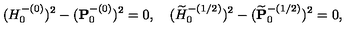
( H _ { 0 } ^ { - ( 0 ) } ) ^ { 2 } - ( { \bf P } _ { 0 } ^ { - ( 0 ) } ) ^ { 2 } = 0 , \quad ( \widetilde { H } _ { 0 } ^ { - ( 1 / 2 ) } ) ^ { 2 } - ( \widetilde { \bf P } _ { 0 } ^ { - ( 1 / 2 ) } ) ^ { 2 } = 0 ,